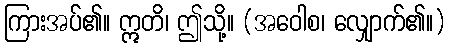
ကြားအပ်၏။ ဣတိ၊ ဤသို့။ (အဝေါစ၊ လျှောက်၏။)